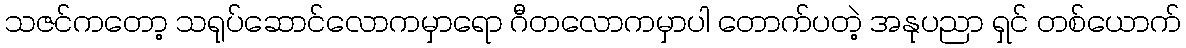
သဇင်ကတော့ သရုပ်ဆောင်လောကမှာရော ဂီတလောကမှာပါ တောက်ပတဲ့ အနုပညာ ရှင် တစ်ယောက်